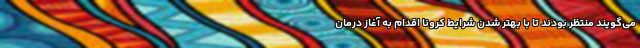
می‌گویند منتظر بودند تا با بهتر شدن شرایط کرونا اقدام به آغاز درمان